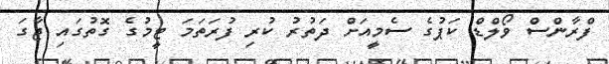
ފްރާންސް ވޯލްޑް ކަޕުގެ ސެމީއަށް ދަތުރު ކުރި ފުރަތަމަ ޓީމުގެ ގޮތުގައި ޖާގަ